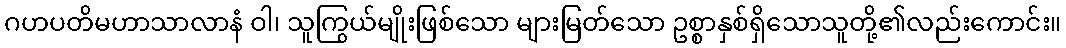
ဂဟပတိမဟာသာလာနံ ဝါ၊ သူကြွယ်မျိုးဖြစ်သော များမြတ်သော ဥစ္စာနှစ်ရှိသောသူတို့၏လည်းကောင်း။